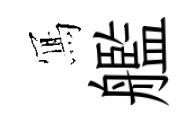
𭂁艦